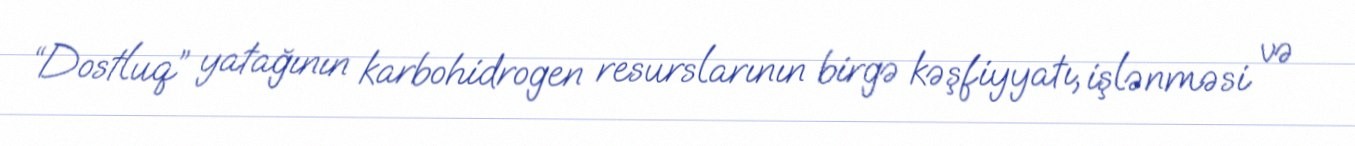
“Dostluq” yatağının karbohidrogen resurslarının birgə kəşfiyyatı, işlənməsi və